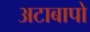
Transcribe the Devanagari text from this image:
अटाबापो